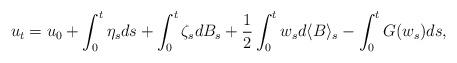
LaTeX: \begin{align*}u_t=u_0+\int_{0}^{t}\eta_{s}ds+\int_{0}^{t}\zeta_{s}dB_{s}+\frac{1}{2}\int_{0}^{t}w_{s}d\langle B\rangle_{s}-\int_{0}^{t}G(w_{s})ds,\end{align*}